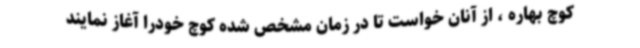
کوچ بهاره ، از آنان خواست تا در زمان مشخص شده کوچ خودرا آغاز نمایند